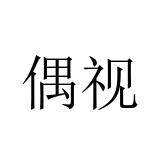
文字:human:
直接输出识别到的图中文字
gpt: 偶视